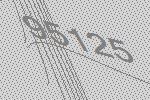
95125